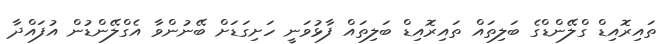
ތައިރޮއިޑް ގްލޭންޑްގެ ބަލިތައް ތައިރޮއިޑް ބަލިތައް ފާޅުވަނީ ހަށިގަޑަށް ބޭނުންވާ އެގްލޭންޑުން އުފައްދާ